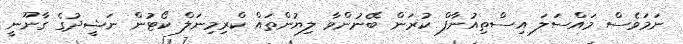
ނަމަވެސް މައްސަލަ އިސްތިއުނާފް ކުރަން ބޭނުންވާ ލިޔުންތައް ކްރިމިނަލް ކޯޓުން ނަޝީދުގެ ގާނޫނީ